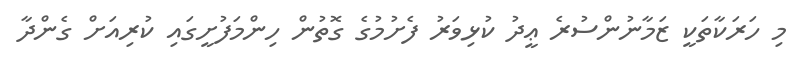
މި ހަރަކާތަކީ ޒަމާނުންސުރެ ޢީދު ކުޅިވަރު ފެށުމުގެ ގޮތުން ހިންމަފުށީގައި ކުރިއަށް ގެންދާ